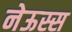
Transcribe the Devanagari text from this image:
नेऊस्स